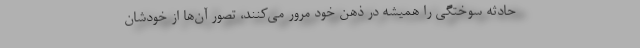
حادثه سوختگی را همیشه در ذهن خود مرور می‌کنند، تصور آن‌ها از خودشان